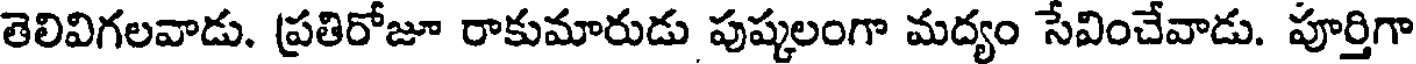
తెలివిగలవాడు. ప్రతిరోజూ రాకుమారుడు పుష్కలంగా మద్యం సేవించేవాడు. పూర్తిగా